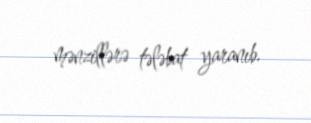
mənzillərə tələbat yaranıb.